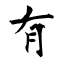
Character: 有